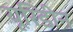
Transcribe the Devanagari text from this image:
यूरिडीन